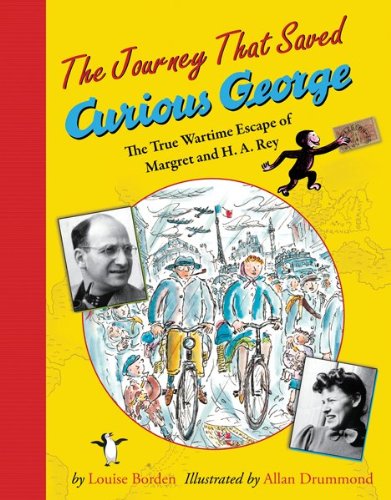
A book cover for The Journey That Saved Curious George: The True Wartime Escape of Margret and H.A. Rey; Louise Borden; Children's Books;